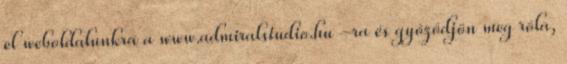
el weboldalunkra a www.admiralstudio.hu –ra és győződjön meg róla,